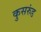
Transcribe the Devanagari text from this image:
कुसरुंड